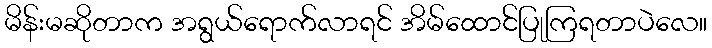
မိန်းမဆိုတာက အရွယ်ရောက်လာရင် အိမ်ထောင်ပြုကြရတာပဲလေ။